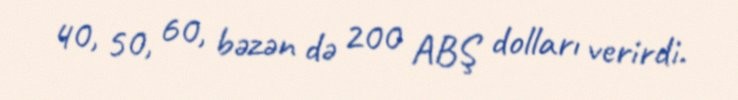
40, 50, 60, bəzən də 200 ABŞ dolları verirdi.